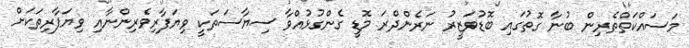
މަސައްކަތްތެރިން ބުނާ ގޮތުގައި ބޮޑުވަޒީރު ނަރެންދްރަ މޮޑީ ގެންގުޅުއްވާ ސިޔާސަތަކީ ވިޔަފާރިވެރިންނާއި ވިޔަފާރިތަކަށް